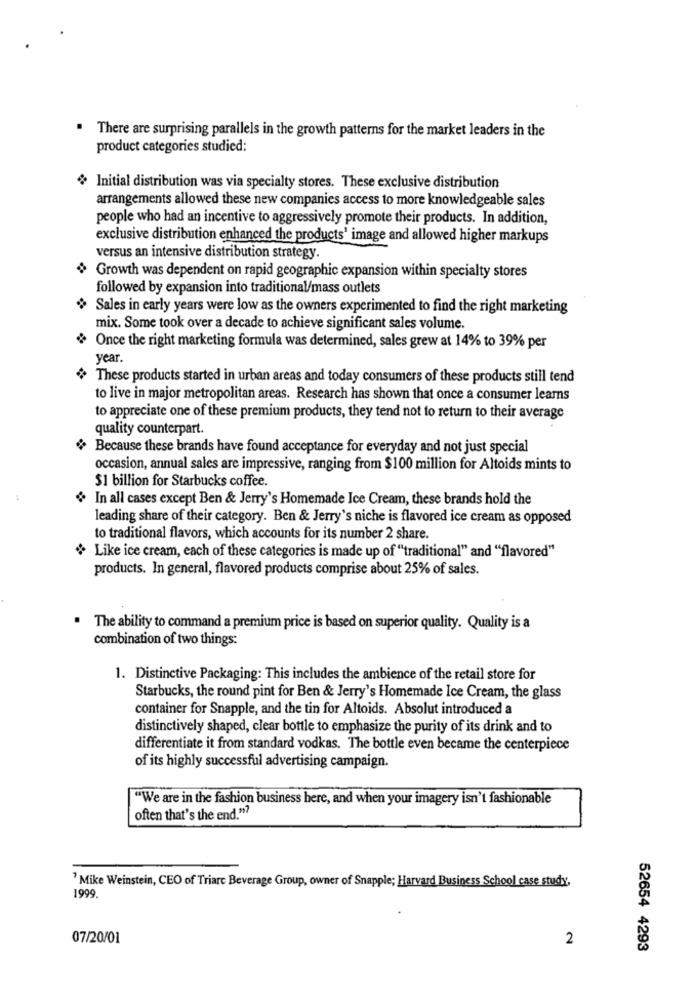
There are surprising parallels in the growth patterns for the market leaders in the
product categories studied:
Initial distribution was via specialty stores. These exclusive distribution
arrangements allowed these new companies access to more knowledgeable sales
people who had an incentive to aggressively promote their products. In addition,
exclusive distribution enhanced the products' image and allowed higher markups
versus an intensive distribution strategy.
+ Growth was dependent on rapid geographic expansion within specialty stores
followed by expansion into traditional/mass outlets
Sales in early years were low as the owners experimented to find the right marketing
mix. Some took over a decade to achieve significant sales volume.
+ Once the right marketing formula was determined, sales grew at 14% to 39% per
year.
These products started in urban areas and today consumers of these products still tend
to live in major metropolitan areas. Research has shown that once a consumer leams
to appreciate one of these premium products, they tend not to return to their average
quality counterpart.
Because these brands have found acceptance for everyday and not just special
occasion, annual sales are impressive, ranging from $100 million for Altoids mints to
$1 billion for Starbucks coffee.
-
+ In all cases except Ben & Jerry's Homemade Ice Cream, these brands hold the
leading share of their category. Ben & Jerry's niche is flavored ice cream as opposed
to traditional flavors, which accounts for its number 2 share.
Like ice cream, each of these categories is made up of "traditional" and "flavored"
products. In general, flavored products comprise about 25% of sales.
The ability to command a premium price is based on superior quality. Quality is a
combination of two things:
1. Distinctive Packaging: This includes the ambience of the retail store for
Starbucks, the round pint for Ben & Jerry's Homemade Ice Cream, the glass
container for Snapple, and the tin for Altoids. Absolut introduced a
distinctively shaped, clear bottle to emphasize the purity of its drink and to
differentiate it from standard vodkas. The bottle even became the centerpiece
of its highly successful advertising campaign.
"We are in the fashion business here, and when your imagery isn't fashionable
often that's the end."?
Mike Weinstein, CEO of Triarc Beverage Group, owner of Snapple; Harvard Business School case study,
1999.
07/20/01
2
52654 4293